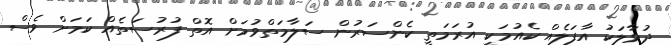
ދުވާލަކު އާފަލެއް ކެއުމަކީ އުރަމަތީ ކެންސަރުން ސަލާމަތްވުމަށް އޮތް ފުރުސަތެއް ކަމަށް ވެސް